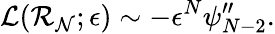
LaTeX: \mathcal{L}(\mathcal{R_{N}};\epsilon)\sim-\epsilon^{N}\psi_{N-2}^{\prime\prime}.